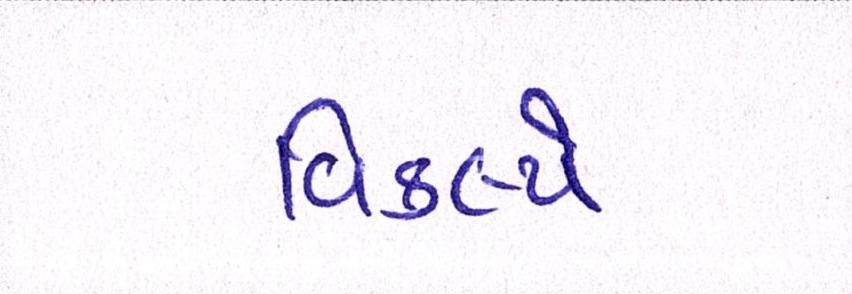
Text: વિકલ્પે